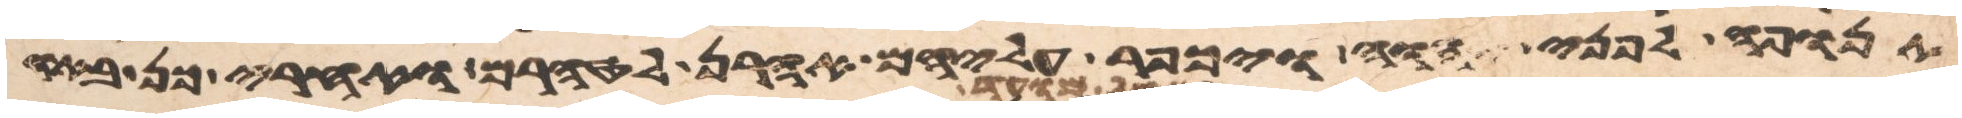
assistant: תנופה לפני יהוה ויכפר עליהם אהרן לטהרם ואחרי כן באו